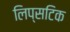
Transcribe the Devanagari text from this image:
लिप्सटिक